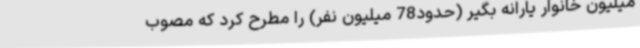
میلیون خانوار یارانه بگیر (حدود78 میلیون نفر) را مطرح کرد که مصوب